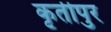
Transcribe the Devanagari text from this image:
कृतीपुर